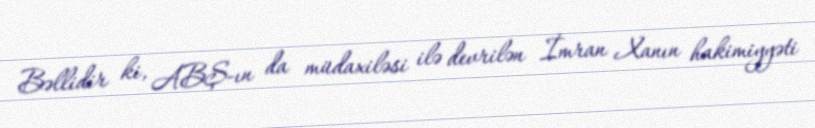
Bəllidir ki, ABŞ-ın da müdaxiləsi ilə devrilən İmran Xanın hakimiyyəti